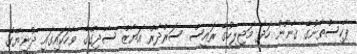
ޕާކިސްތާނުގެ ޤާނޫނު ހަދާ މަޖިލީހުގެ ރައީސް ސަރްދާރް އަޔާޒް ސާދިގްގެ ވާހަކައިގައި ދުނިޔޭގެ